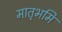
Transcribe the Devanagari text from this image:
मातृभमि